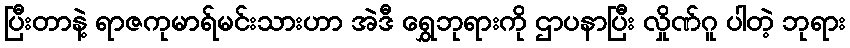
ပြီးတာနဲ့ ရာဇကုမာရ်မင်းသားဟာ အဲဒီ ရွှေဘုရားကို ဌာပနာပြီး လှိုဏ်ဂူ ပါတဲ့ ဘုရား